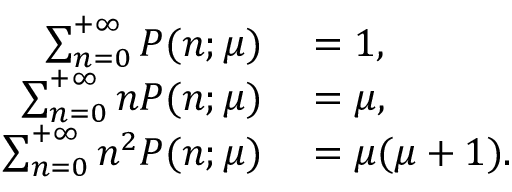
\begin{array} { r l } { \sum _ { n = 0 } ^ { + \infty } P ( n ; \mu ) } & { { } = 1 , } \\ { \sum _ { n = 0 } ^ { + \infty } n P ( n ; \mu ) } & { { } = \mu , } \\ { \sum _ { n = 0 } ^ { + \infty } n ^ { 2 } P ( n ; \mu ) } & { { } = \mu ( \mu + 1 ) . } \end{array}